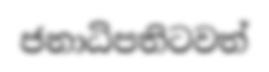
ජනාධිපතිටවත්